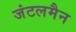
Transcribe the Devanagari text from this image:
जंटलमैन